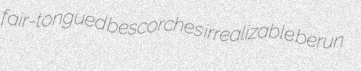
fair-tongued bescorches irrealizable berun